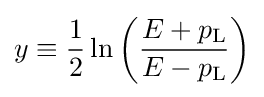
y\equiv {\frac {1}{2}}\ln \left({\frac {E+p_{\text{L}}}{E-p_{\text{L}}}}\right)